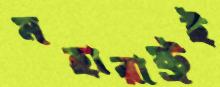
মহারাষ্ট্রই